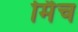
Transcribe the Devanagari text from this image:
र्मिच